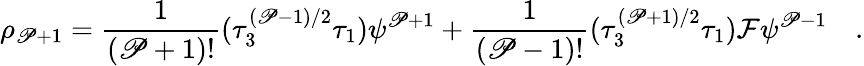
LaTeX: \rho_{\mathscr{P}+1}={\frac{{1}}{{(\mathscr{P}+1)!}}}(\tau_{3}^{(\mathscr{P}-1)/2}\tau_{1})\psi^{\mathscr{P}+1}+{\frac{{1}}{{(\mathscr{P}-1)!}}}(\tau_{3}^{(\mathscr{P}+1)/2}\tau_{1}){\cal{F}}\psi^{\mathscr{P}-1}\quad.